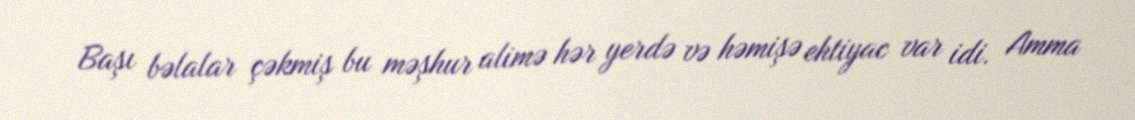
Başı bəlalar çəkmiş bu məşhur alimə hər yerdə və həmişə ehtiyac var idi. Amma